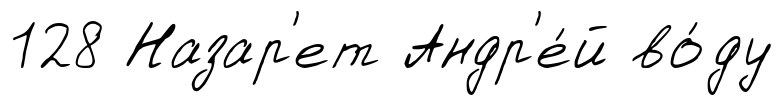
128 Назар'ет Андр'е́й во́ду